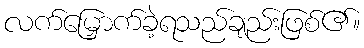
လက်မြှောက်ခဲ့ရသည်ချည်းဖြစ်၏။